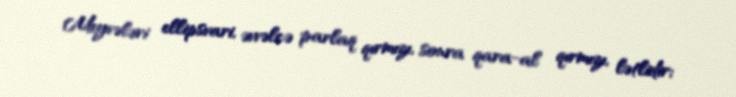
Meyvələri ellipsvari, əvvəlcə parlaq qırmızı, sonra qara-al qırmızı, lətlidir;